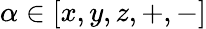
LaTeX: \alpha\in[x,y,z,+,-]